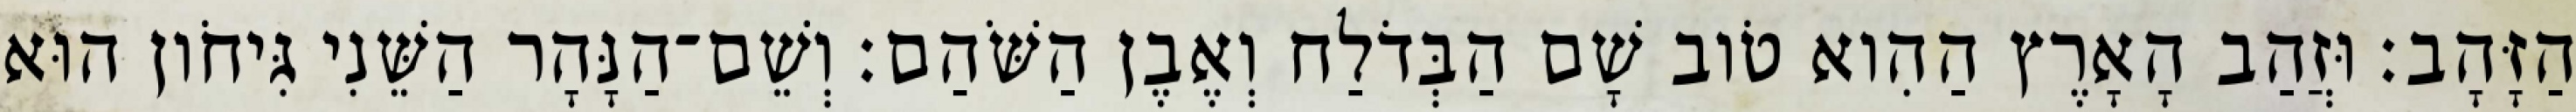
הַזָּהָב׃ וּזֲהַב הָאָרֶץ הַהִוא טֹוב שָׁם הַבְּדֹלַח וְאֶבֶן הַשֹּׁהַם׃ וְשֵׁם־הַנָּהָר הַשֵּׁנִי גִּיחֹון הוּא